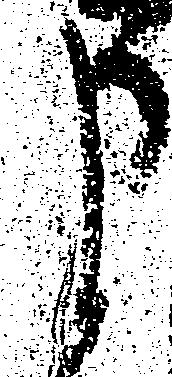
申